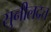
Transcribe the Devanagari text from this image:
सुनीलदत्त